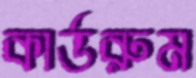
কার্ডরুম